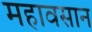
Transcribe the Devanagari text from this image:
महावसान